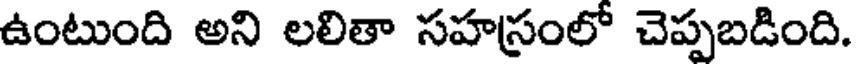
ఉంటుంది అని లలితా సహస్రంలో చెప్పబడింది.